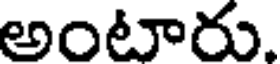
అంటారు.